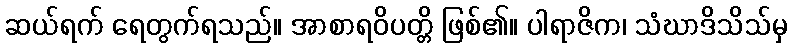
ဆယ်ရက် ရေတွက်ရသည်။ အာစာရဝိပတ္တိ ဖြစ်၏။ ပါရာဇိက၊ သံဃာဒိသိသ်မှ